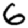
Digit: 6